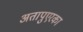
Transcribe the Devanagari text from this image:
अतापुएरका